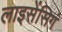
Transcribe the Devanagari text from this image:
लाइसेंसिगं